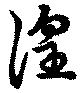
徨